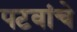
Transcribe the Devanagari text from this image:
पटवांचे